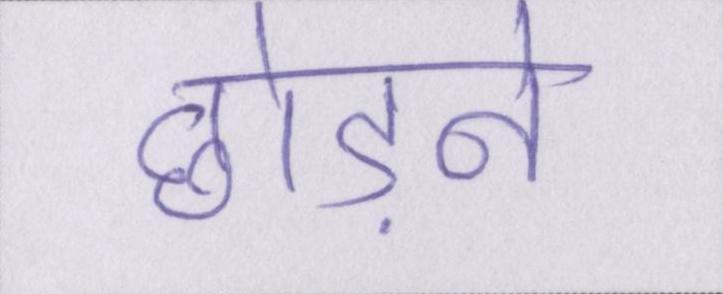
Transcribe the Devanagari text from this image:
छोड़ने